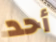
أحد